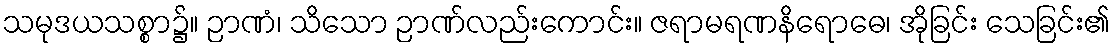
သမုဒယသစ္စာ၌။ ဉာဏံ၊ သိသော ဉာဏ်လည်းကောင်း။ ဇရာမရဏနိရောဓေ၊ အိုခြင်း သေခြင်း၏